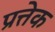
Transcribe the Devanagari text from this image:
प्रत्तेक